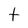
Character: t